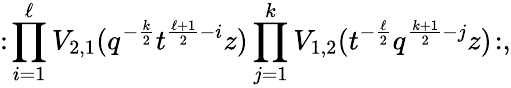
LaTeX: :\! \prod_{i=1}^{\ell}V_{2,1}(q^{-\frac{k}{2}}t^{\frac{\ell+1}{2}-i}z)\prod_{j=1}^{k}V_{1,2}(t^{-\frac{\ell}{2}}q^{\frac{k+1}{2}-j}z)\! :,